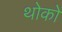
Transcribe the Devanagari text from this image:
थोकों